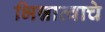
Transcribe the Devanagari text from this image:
भिन्नात्वाचे